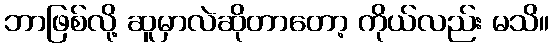
ဘာဖြစ်လို့ ဆူမှာလဲဆိုတာတော့ ကိုယ်လည်း မသိ။